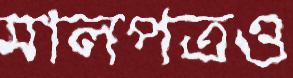
মালপত্রও